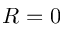
R = 0